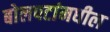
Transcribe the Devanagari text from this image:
बोलपटांमधील